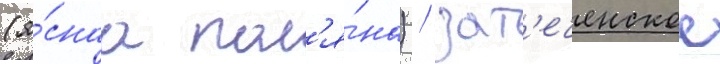
(я́снаа пол'я́на) / зат'еченское